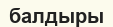
балдыры